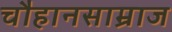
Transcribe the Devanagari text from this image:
चौहानसाम्राज